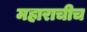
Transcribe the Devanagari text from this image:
महाराचीच